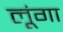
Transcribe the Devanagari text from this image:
लूूंगा